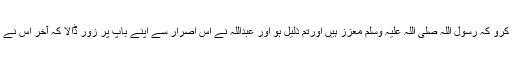
مَیں تمہیں واپس نہیں جانے دوں گا جب تک تم اپنے منہ سے یہ اقرار نہ کرو کہ رسول اللہ صلی اللہ علیہ وسلم معزز ہیں اورتم ذلیل ہو اور عبداللہ نے اس اصرار سے اپنے باپ پر زور ڈالا کہ آخر اس نے مجبور ہوکر یہ الفاظ کہہ دیے جس پر عبداللہ نے اس کا راستہ چھوڑ دیا۔